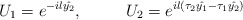
\begin{align*}U_1=e^{-il\hat{y_2}},~~~~~~~~U_2=e^{il(\tau_2\hat{y_1}-\tau_1\hat{y_2})}\end{align*}